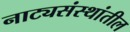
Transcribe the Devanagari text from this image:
नाट्यसंस्थांतील